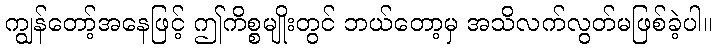
ကျွန်တော့်အနေဖြင့် ဤကိစ္စမျိုးတွင် ဘယ်တော့မှ အသိလက်လွတ်မဖြစ်ခဲ့ပါ။